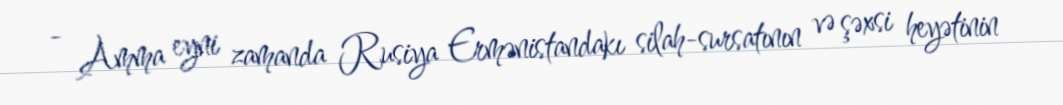
- Amma eyni zamanda Rusiya Ermənistandakı silah-sursatının və şəxsi heyətinin